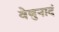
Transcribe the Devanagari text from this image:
वेणुनादं